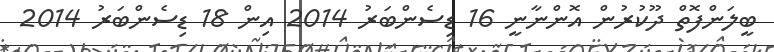
ބީލަންފޮތް ދޫކުރުން އޮންނާނީ 16 ޑިސެންބަރު 2014 އިން 18 ޑިސެންބަރު 2014